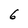
Character: 6